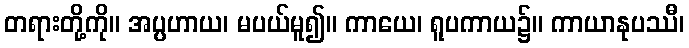
တရားတို့ကို။ အပ္ပဟာယ၊ မပယ်မူ၍။ ကာယေ၊ ရူပကာယ၌။ ကာယာနုပဿီ၊